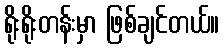
ရိုးရိုးတန်းမှာ ဖြစ်ချင်တယ်။